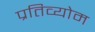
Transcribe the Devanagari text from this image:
प्रतिव्योम